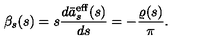
\beta _ { s } ( s ) = s \frac { d \bar { a } _ { s } ^ { \mathrm { e f f } } ( s ) } { d s } = - \frac { \varrho ( s ) } { \pi } .